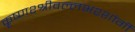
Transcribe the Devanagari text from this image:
कृष्णश्श्रीवल्लभश्शांर्गी